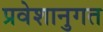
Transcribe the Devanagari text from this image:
प्रवेशानुगत